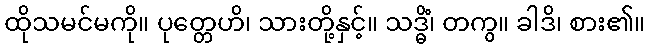
ထိုသမင်မကို။ ပုတ္တေဟိ၊ သားတို့နှင့်။ သဒ္ဓိံ၊ တကွ။ ခါဒိ၊ စား၏။